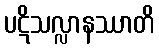
ပဋိသလ္လာနဿာတိ